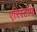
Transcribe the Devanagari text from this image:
एरिस्टॉफ